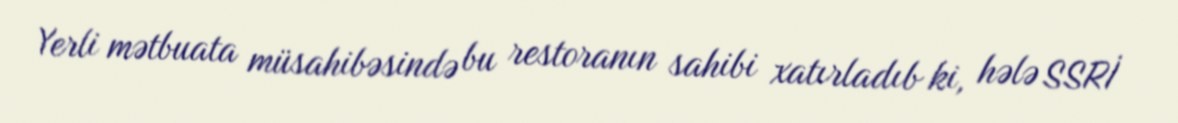
Yerli mətbuata müsahibəsində bu restoranın sahibi xatırladıb ki, hələ SSRİ